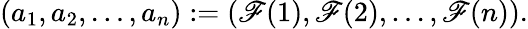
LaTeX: (a_{1},a_{2},\dots,a_{n}):=(\mathscr{F}(1),\mathscr{F}(2),\dots,\mathscr{F}(n)).